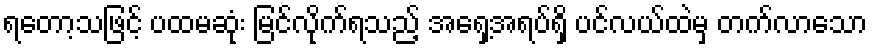
ရတော့သဖြင့် ပထမဆုံး မြင်လိုက်ရသည့် အရှေ့အရပ်ရှိ ပင်လယ်ထဲမှ တက်လာသော